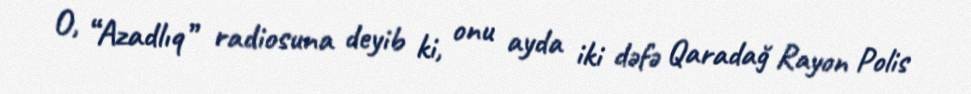
O, “Azadlıq” radiosuna deyib ki, onu ayda iki dəfə Qaradağ Rayon Polis